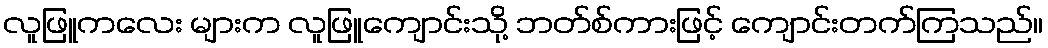
လူဖြူကလေး များက လူဖြူကျောင်းသို့ ဘတ်စ်ကားဖြင့် ကျောင်းတက်ကြသည်။